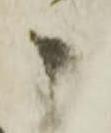
ニ